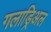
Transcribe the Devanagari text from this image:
गलाड्रिअल